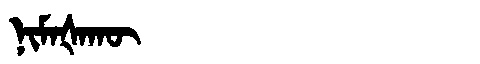
Manchu: ᠨᡳᠮᠠᡧᠠᡴᡡ
Romanization: NIMAŠAKŪ